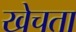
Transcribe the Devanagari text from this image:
खेचता